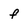
Character: f